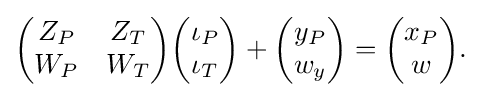
{\begin{aligned}{\begin{pmatrix}Z_{P}&Z_{T}\\W_{P}&W_{T}\end{pmatrix}}{\begin{pmatrix}\iota _{P}\\\iota _{T}\end{pmatrix}}+{\begin{pmatrix}y_{P}\\w_{y}\end{pmatrix}}={\begin{pmatrix}x_{P}\\w\end{pmatrix}}.\end{aligned}}